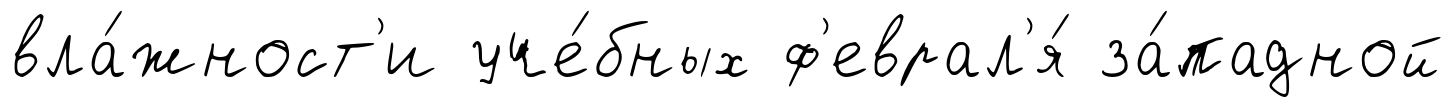
вла́жност'и уче́бных ф'еврал'я́ за́падной